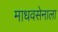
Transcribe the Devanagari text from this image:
माधवसेनाला